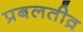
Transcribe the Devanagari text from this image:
प्रबलतीव्र